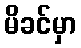
မိခင်မှာ